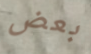
بعض